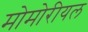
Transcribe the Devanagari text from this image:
मोमोरीयल